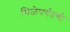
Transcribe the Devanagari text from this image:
मिळेपर्यंतची